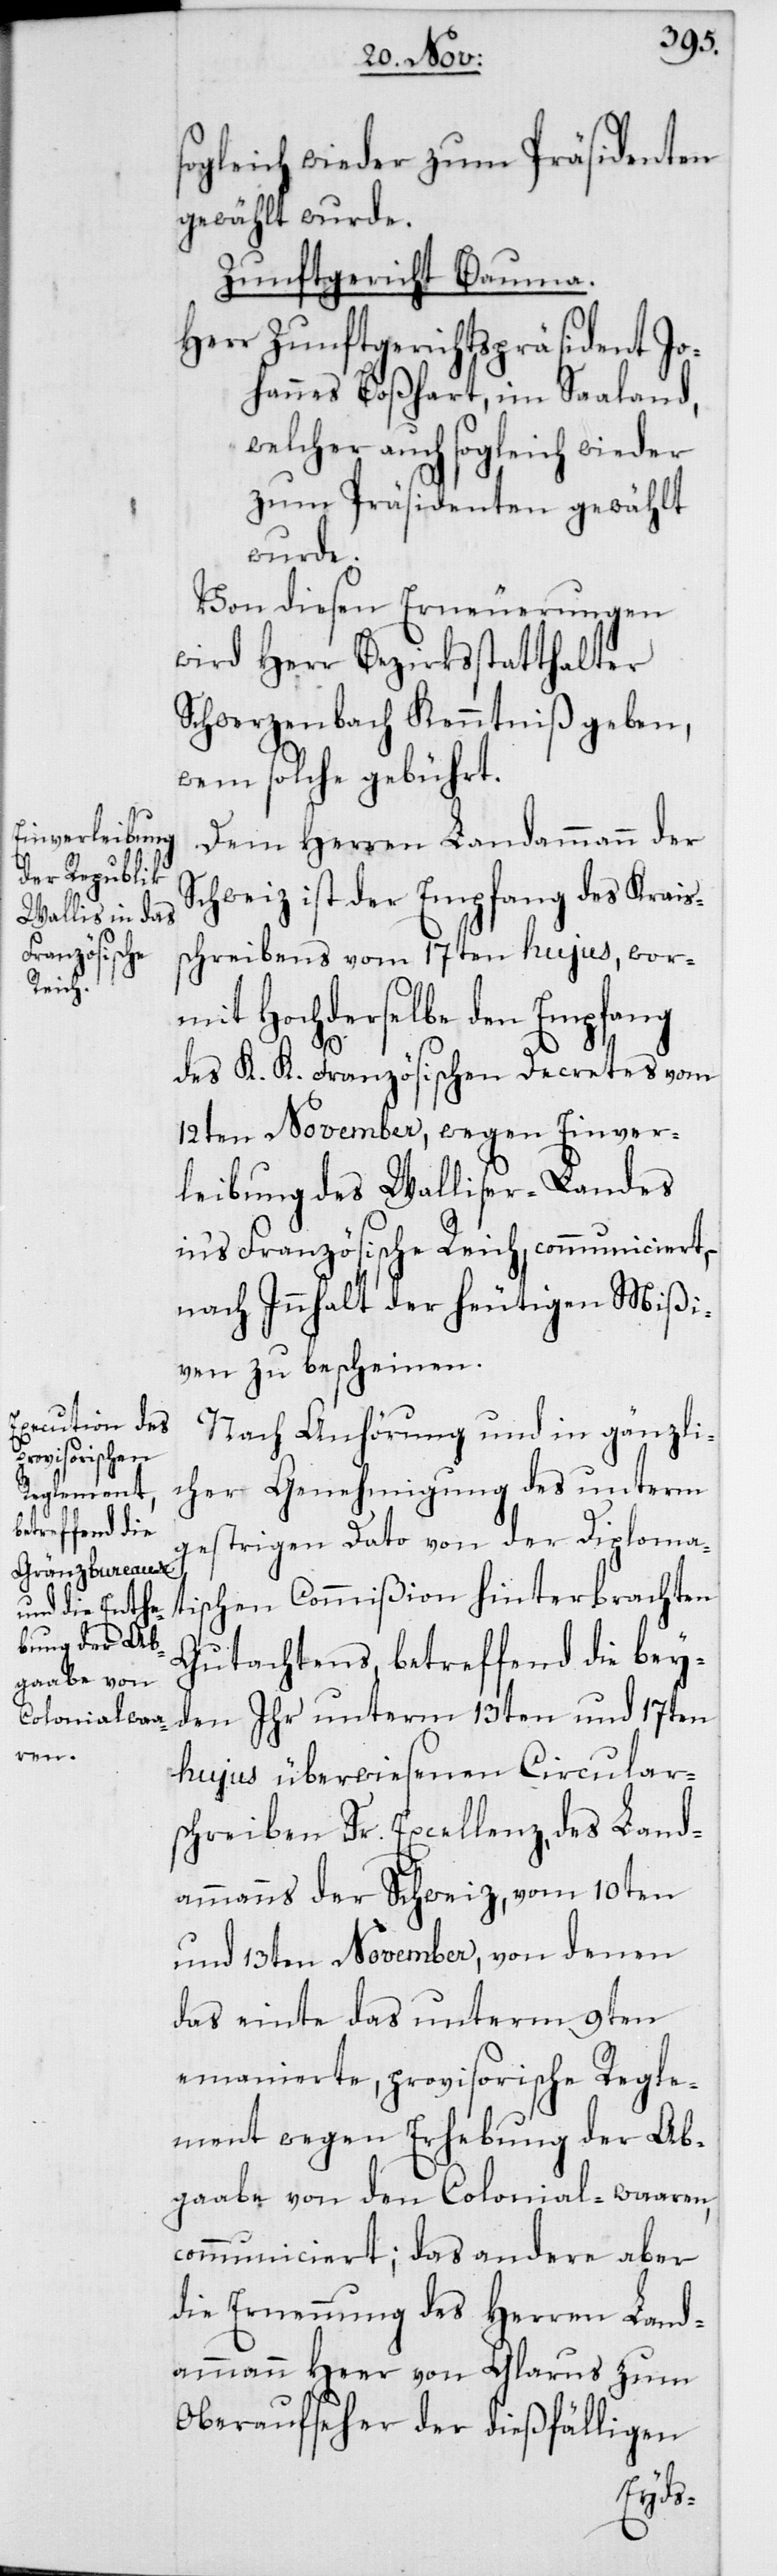
sogleich wieder zum Präsidenten
gewählt wurde.
Zunftgericht Bauma.
Herr Zunftgerichtspräsident Jo¬
hannes Boßhart, im Saaland,
welcher auch sogleich wieder
zum Präsidenten gewählt
wurde.
Von diesen Erneuerungen
wird Herr Bezirksstatthalter
Schwerzenbach Kenntniß geben,
wem solche gebührt.
Dem Herren Landammann der
Schweiz ist der Empfang des Krais¬
schreibens vom 17ten hujus, wor¬
mit Hochderselbe den Empfang
des K. K. Französischen Decretes vom
12ten November, wegen Einver¬
leibung des Walliser-Landes
ins Französische Reich, communiciert,
nach Innhalt der heutigen Mißi¬
ven zu bescheinen.
Nach Anhörung und in gänzli¬
cher Genehmigung des unterm
gestrigen Dato von der Diploma¬
schen Commißion hinterbrachten
ti¬
Gutachtens, betreffend die bey¬
den Ihr unterm 13ten und 17ten
hujus überwiesenen Circular¬
schreiben Sr. Excellenz, des Land¬
ammanns der Schweiz, vom 10ten
und 13ten November, von denen
das einte das unterm 9ten
emanierte, provisorische Regle¬
ment wegen Erhebung der Ab¬
gaabe von den Colonial-waaren,
communiciert; das andere aber
die Ernennung des Herren Land¬
ammann Heer von Glarus zum
Oberaufseher der dießfälligen